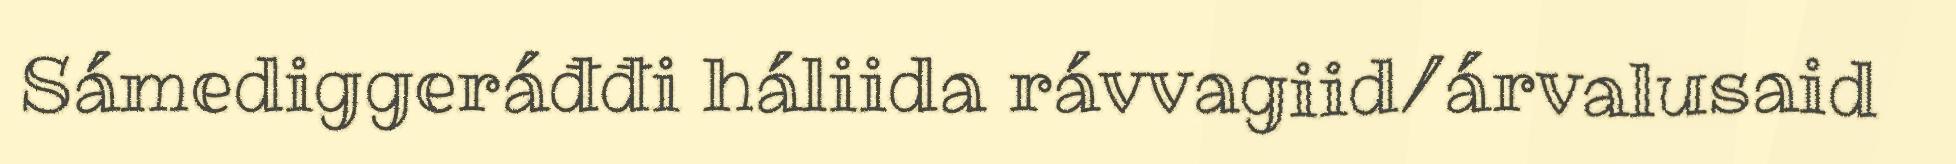
Sámediggeráđđi háliida rávvagiid/árvalusaid